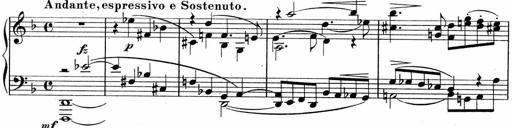
Title: Sonatina No.5
Composer: Otto Stoll
Key: F-sharp minor